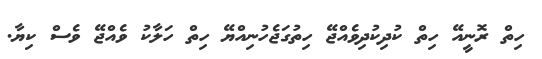
ހިތް ރޮނީއޭ ހިތް ކުދިކުދިވެއްޖޭ ހިތުގަޖެހުނިއްޔޭ ހިތް ހަލާކު ވެއްޖޭ ވެސް ކިޔާ.